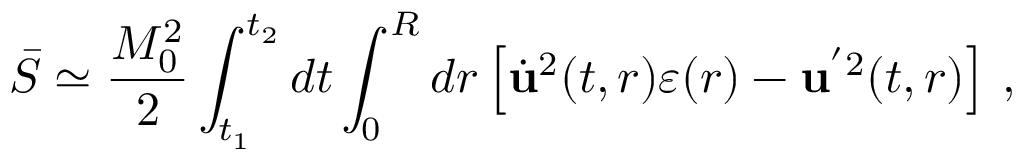
\bar { S } \simeq \frac { M _ { 0 } ^ { 2 } } { 2 } \int _ { t _ { 1 } } ^ { t _ { 2 } } d t \int _ { 0 } ^ { R } d r \left[ \dot { \bf u } ^ { 2 } ( t , r ) \varepsilon ( r ) - { \bf u } ^ { ' 2 } ( t , r ) \right] \, { , }